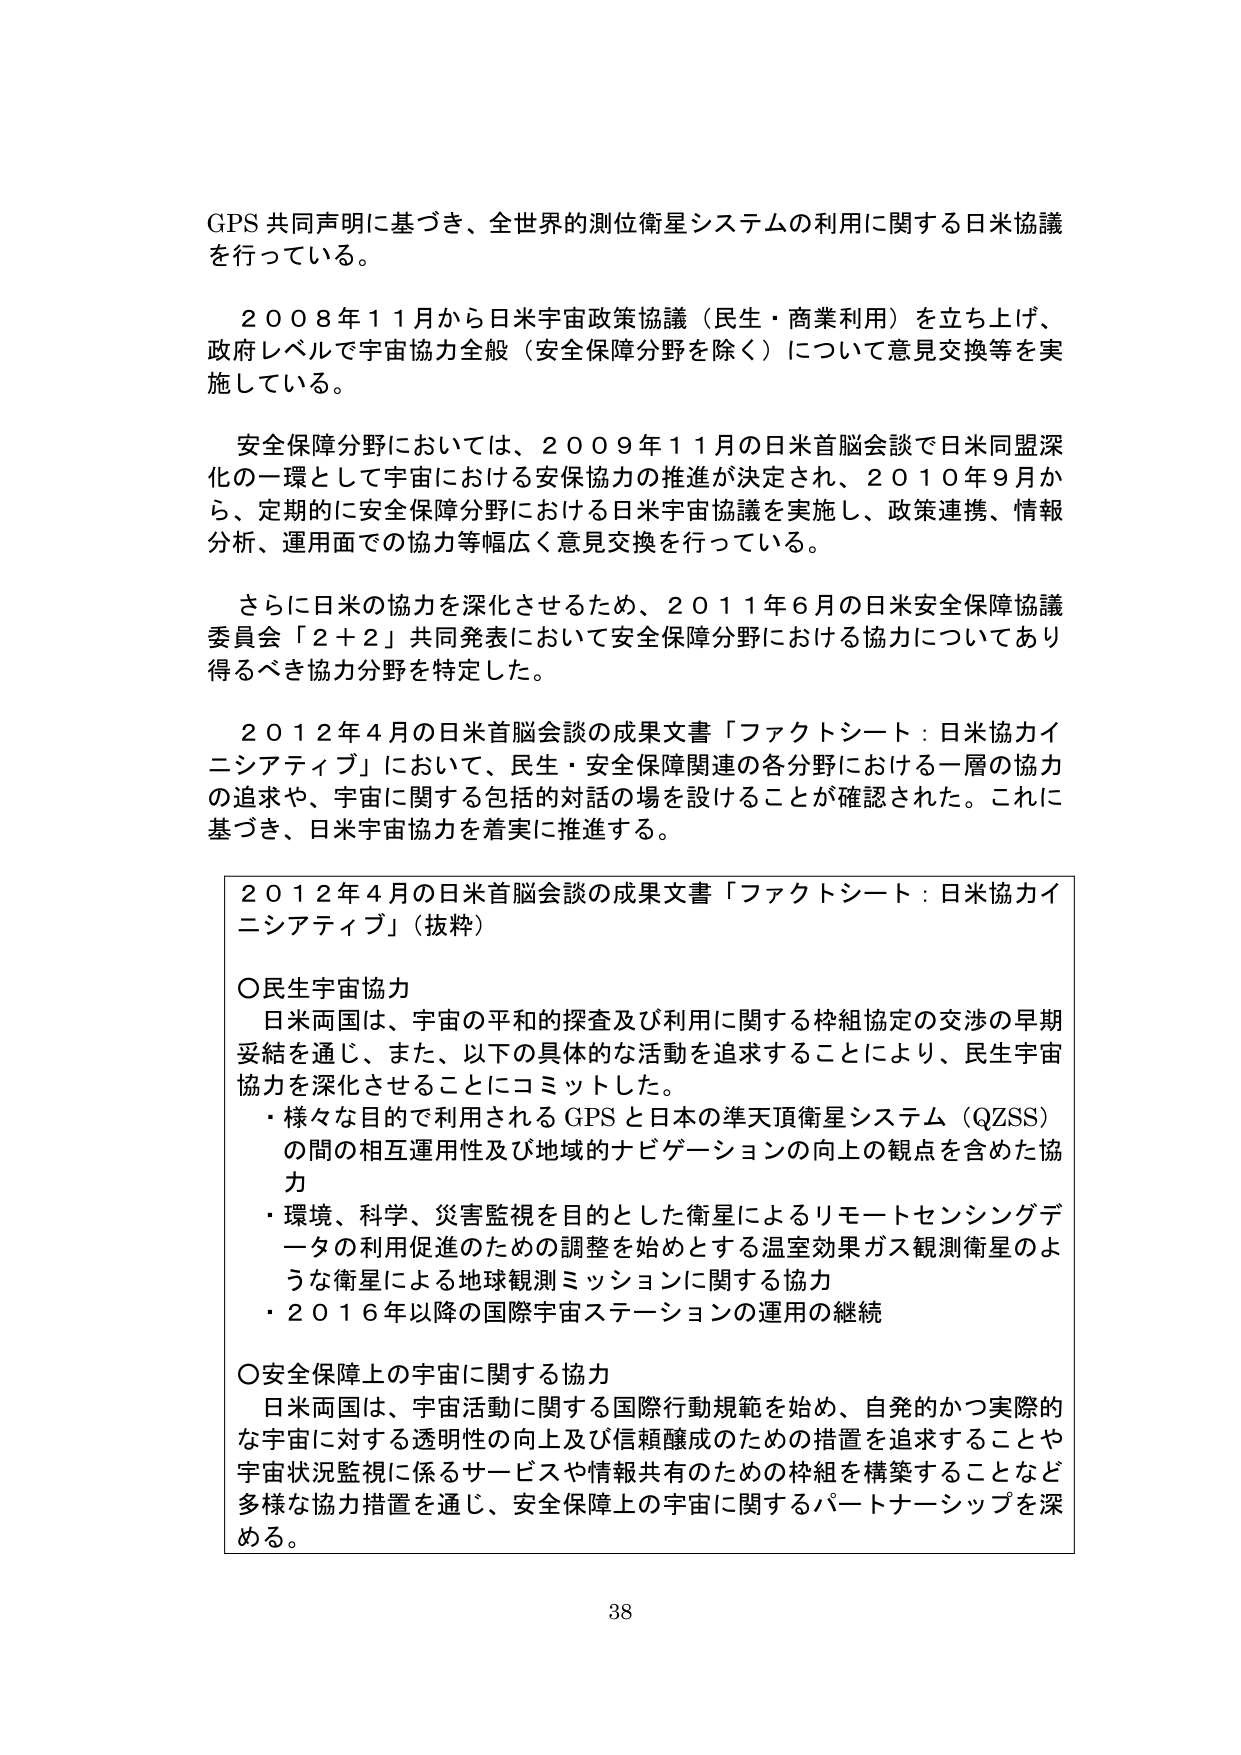
GPS 共同声明に基づき、全世界的測位衛星システムの利用に関する日米協議を行っている。

２００８年１１月から日米宇宙政策協議（民生・商業利用）を立ち上げ、政府レベルで宇宙協力全般（安全保障分野を除く）について意見交換等を実施している。

安全保障分野においては、２００９年１１月の日米首脳会談で日米同盟深化の一環として宇宙における安保協力の推進が決定され、２０１０年９月から、定期的に安全保障分野における日米宇宙協議を実施し、政策連携、情報分析、運用面での協力等幅広く意見交換を行っている。

さらに日米の協力を深化させるため、２０１１年６月の日米安全保障協議委員会「２＋２」共同発表において安全保障分野における協力についてあり得るべき協力分野を特定した。

２０１２年４月の日米首脳会談の成果文書「ファクトシート：日米協力イニシアティブ」において、民生・安全保障関連の各分野における一層の協力の追求や、宇宙に関する包括的対話の場を設けることが確認された。これに基づき、日米宇宙協力を着実に推進する。

２０１２年４月の日米首脳会談の成果文書「ファクトシート：日米協力イニシアティブ」（抜粋）

○民生宇宙協力
日米両国は、宇宙の平和的探査及び利用に関する枠組協定の交渉の早期妥結を通じ、また、以下の具体的な活動を追求することにより、民生宇宙協力を深化させることにコミットした。
・様々な目的で利用される GPS と日本の準天頂衛星システム（QZSS）の間の相互運用性及び地域的ナビゲーションの向上の観点を含めた協力
・環境、科学、災害監視を目的とした衛星によるリモートセンシングデータの利用促進のための調整を始めとする温室効果ガス観測衛星のような衛星による地球観測ミッションに関する協力
・２０１６年以降の国際宇宙ステーションの運用の継続

○安全保障上の宇宙に関する協力
日米両国は、宇宙活動に関する国際行動規範を始め、自発的かつ実際的な宇宙に対する透明性の向上及び信頼醸成のための措置を追求することや宇宙状況監視に係るサービスや情報共有のための枠組を構築することなど多様な協力措置を通じ、安全保障上の宇宙に関するパートナーシップを深める。

38